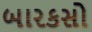
બારકસો